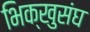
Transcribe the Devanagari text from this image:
भिक्खुसंघ